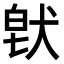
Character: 𤟀